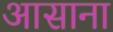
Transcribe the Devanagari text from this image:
आसाना